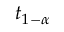
t _ { 1 - \alpha }